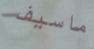
ماسيف